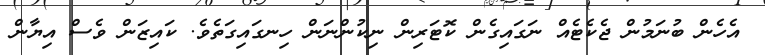
އެހެން ބުނަމުން ޖެކެޓެއް ނަގައިގެން ކޮޓަރިން ނިކުންނަން ހިނގައިގަތެވެ. ކައިޒަން ވެސް އިޔާން